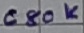
Text: 680K